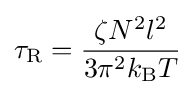
\tau _{\text{R}}={\frac {\zeta N^{2}l^{2}}{3\pi ^{2}k_{\mathrm {B} }T}}